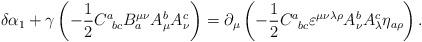
LaTeX: \begin{align*}\delta \alpha _1+\gamma \left( -\frac 12C_{\;\;bc}^aB_a^{\mu \nu}A_\mu ^bA_\nu ^c\right) =\partial _\mu \left( -\frac12C_{\;\;bc}^a\varepsilon ^{\mu \nu \lambda \rho }A_\nu ^bA_\lambda ^c\eta_{a\rho }\right) .\end{align*}